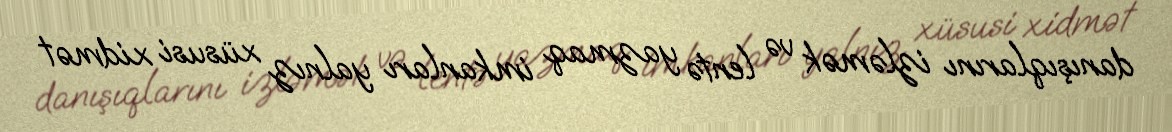
danışıqlarını izləmək və lentə yazmaq imkanları yalnız xüsusi xidmət